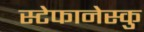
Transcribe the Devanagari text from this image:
स्टेफानेस्कु